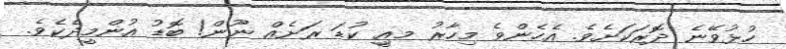
ހުޅުވޭނެ ދޮރަކަށެވެ. އެހެންވެ މިހާރު މއިީ ކުޑަ ރަށެއް ނޫން! ބޮޑު އުންމީދެކެވެ.